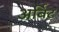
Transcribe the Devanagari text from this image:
अर्बिट